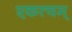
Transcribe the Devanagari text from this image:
एकत्वम्